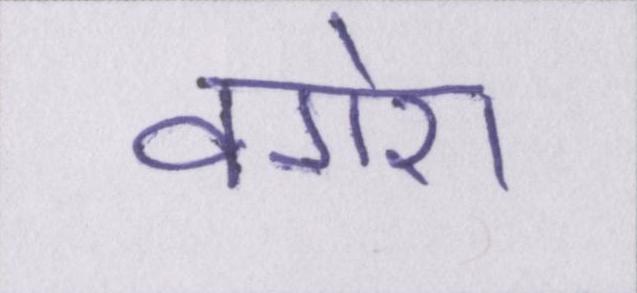
वगेरा